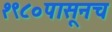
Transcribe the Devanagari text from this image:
१९८०पासूनच